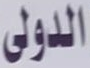
الدولي